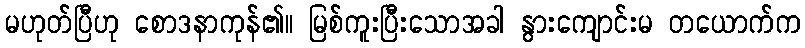
မဟုတ်ပြီဟု စောဒနာကုန်၏။ မြစ်ကူးပြီးသောအခါ နွားကျောင်းမ တယောက်က